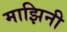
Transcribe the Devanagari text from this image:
माझिनी